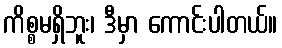
ကိစ္စမရှိဘူး၊ ဒီမှာ ကောင်းပါတယ်။